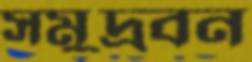
সমুদ্রবন